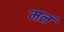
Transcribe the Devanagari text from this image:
मनं